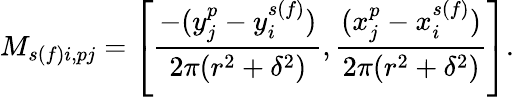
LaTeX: M_{s(f)i,pj}=\left[\frac{-(y_{j}^{p}-y_{i}^{s(f)})}{2\pi(r^{2}+\delta^{2})},\frac{(x_{j}^{p}-x_{i}^{s(f)})}{2\pi(r^{2}+\delta^{2})}\right].